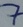
Text: 7